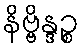
နိဗ္ဗိန္ဒဉ္စ